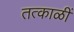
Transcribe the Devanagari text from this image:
तत्काळीं